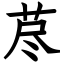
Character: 荩